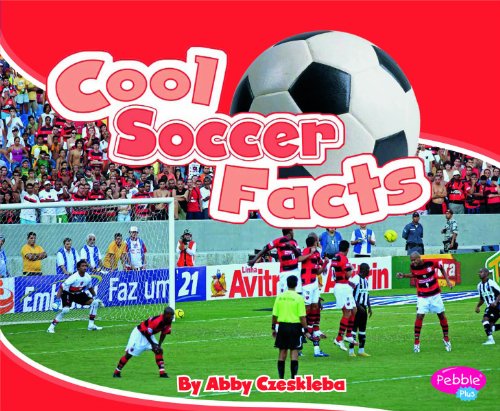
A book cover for Cool Soccer Facts (Cool Sports Facts); Abby Czeskleba; Children's Books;